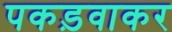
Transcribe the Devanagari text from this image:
पकड़वाकर